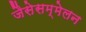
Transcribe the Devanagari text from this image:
जैसेसम्मेलन